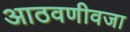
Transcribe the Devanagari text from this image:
आठवणीवजा